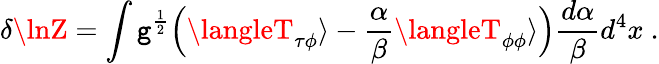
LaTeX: \delta\lnZ=\int\mathtt{g}^{\frac{{1}}{{2}}}\Bigl(\langleT_{\tau\phi}\rangle-{\frac{{\alpha}}{{\beta}}}\langleT_{\phi\phi}\rangle\Bigr){\frac{{d\alpha}}{{\beta}}}d^{4}x\space.